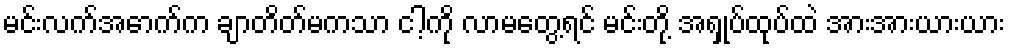
မင်းလက်အောက်က ချာတိတ်မကသာ ငါ့ကို လာမတွေ့ရင် မင်းတို့ အရှုပ်ထုပ်ထဲ အားအားယားယား